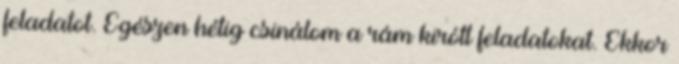
feladatot. Egészen hétig csinálom a rám kirótt feladatokat. Ekkor